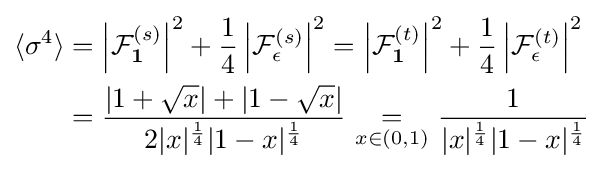
{\begin{aligned}\langle \sigma ^{4}\rangle &=\left|{\mathcal {F}}_{\textbf {1}}^{(s)}\right|^{2}+{\frac {1}{4}}\left|{\mathcal {F}}_{\epsilon }^{(s)}\right|^{2}=\left|{\mathcal {F}}_{\textbf {1}}^{(t)}\right|^{2}+{\frac {1}{4}}\left|{\mathcal {F}}_{\epsilon }^{(t)}\right|^{2}\\&={\frac {|1+{\sqrt {x}}|+|1-{\sqrt {x}}|}{2|x|^{\frac {1}{4}}|1-x|^{\frac {1}{4}}}}\ {\underset {x\in (0,1)}{=}}\ {\frac {1}{|x|^{\frac {1}{4}}|1-x|^{\frac {1}{4}}}}\end{aligned}}